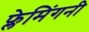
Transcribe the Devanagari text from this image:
फ्लेमिंगनी